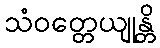
သံဝတ္တေယျုန္တိ